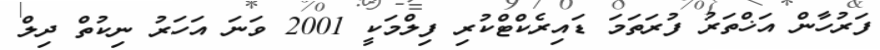
ފަރުހާން އަޚްތަރު ފުރަތަމަ ޑައިރެކްޓްކުރި ފިލްމަކީ 2001 ވަނަ އަހަރު ނިކުތް ދިލް